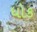
ધોક